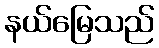
နယ်မြေသည်